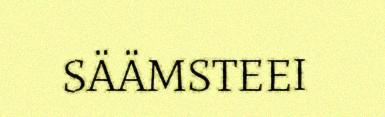
SÄÄMSTEEI